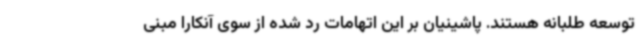
توسعه طلبانه هستند. پاشینیان بر این اتهامات رد شده از سوی آنکارا مبنی